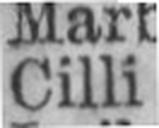
Cilli